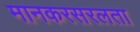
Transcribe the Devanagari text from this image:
मानकरसरलता